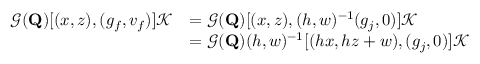
\begin{array} { r l } { \mathcal { G } ( \mathbf { Q } ) [ ( x , z ) , ( g _ { f } , v _ { f } ) ] \mathcal { K } } & { = \mathcal { G } ( \mathbf { Q } ) [ ( x , z ) , ( h , w ) ^ { - 1 } ( g _ { j } , 0 ) ] \mathcal { K } } \\ & { = \mathcal { G } ( \mathbf { Q } ) ( h , w ) ^ { - 1 } [ ( h x , h z + w ) , ( g _ { j } , 0 ) ] \mathcal { K } } \end{array}